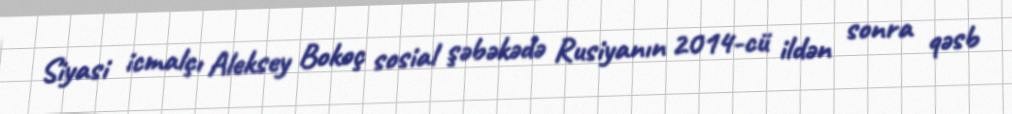
Siyasi icmalçı Aleksey Bokoç sosial şəbəkədə Rusiyanın 2014-cü ildən sonra qəsb